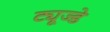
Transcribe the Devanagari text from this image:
ट्यूज्डे